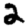
Digit: 2